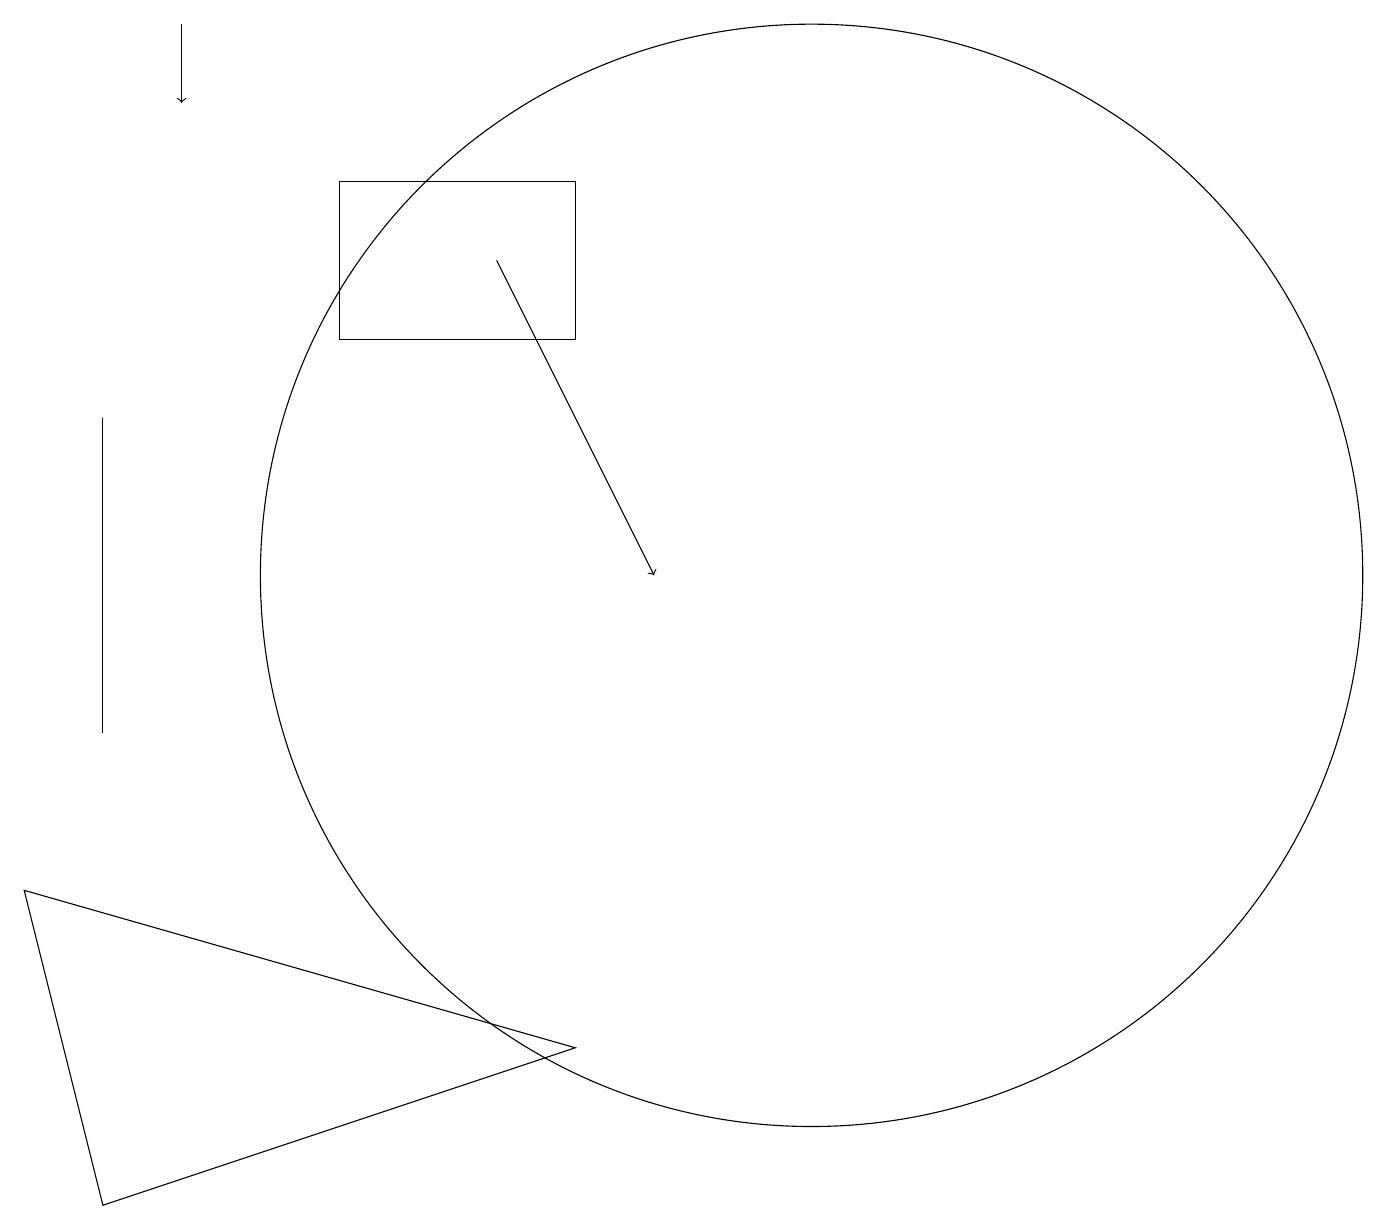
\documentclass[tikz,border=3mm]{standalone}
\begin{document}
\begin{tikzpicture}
\draw[->] (6,16) -- (8,12);
\draw (10,12) circle (7);
\draw (1,14) rectangle (1,10);
\draw (1,4) -- (0,8) -- (7,6) -- cycle;
\draw (7,15) rectangle (4,17);
\draw[->] (2,19) -- (2,18);
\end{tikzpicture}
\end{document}